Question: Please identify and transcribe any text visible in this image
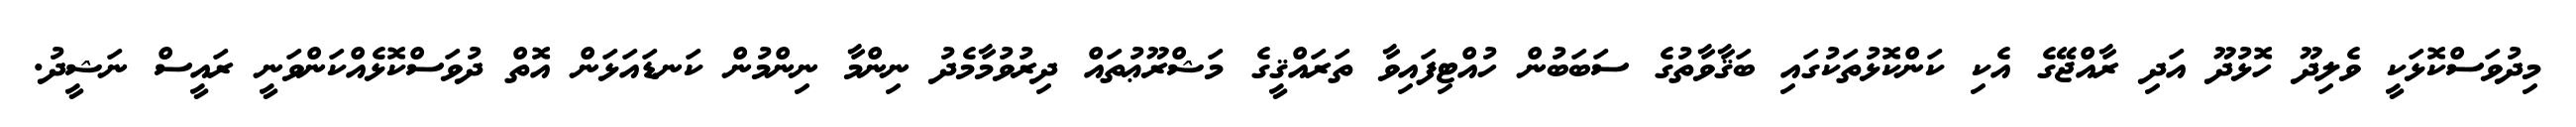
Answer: މިދުވަސްކޮޅަކީ ވެލިދޫ ހޮޅުދޫ އަދި ރާއްޖޭގެ އެކި ކަންކޮޅުތަކުގައި ބަޤާވާތުގެ ސަބަބުން ހުއްޓިފައިވާ ތަރައްޤީގެ މަޝްރޫޢުތައް ދިރުވުމާމެދު ނިންމާ ނިންމުން ކަނޑައަޅަން އޮތް ދުވަސްކޮޅެއްކަންވަނީ ރައީސް ނަޝީދު.